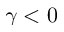
\gamma < 0